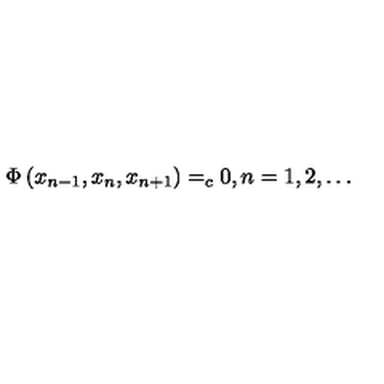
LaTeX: \Phi \left( x _ { n - 1 } , x _ { n } , x _ { n + 1 } \right) = _ { c } 0 , n = 1 , 2 , \ldots